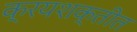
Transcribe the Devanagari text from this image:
क्रयशक्तीत